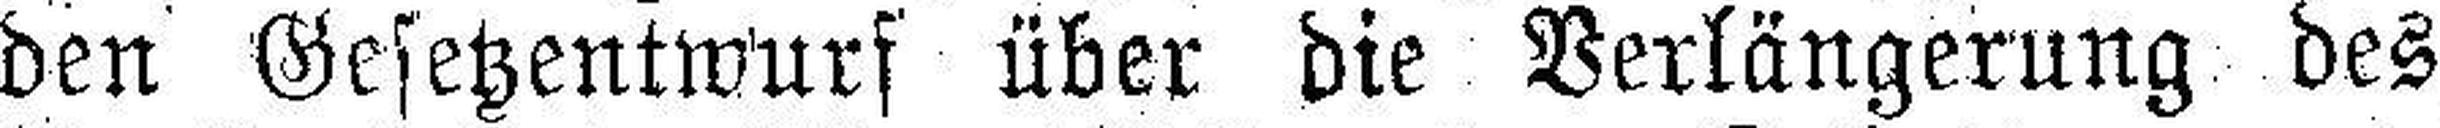
den Gesetzentwurf über die Verlängerung des